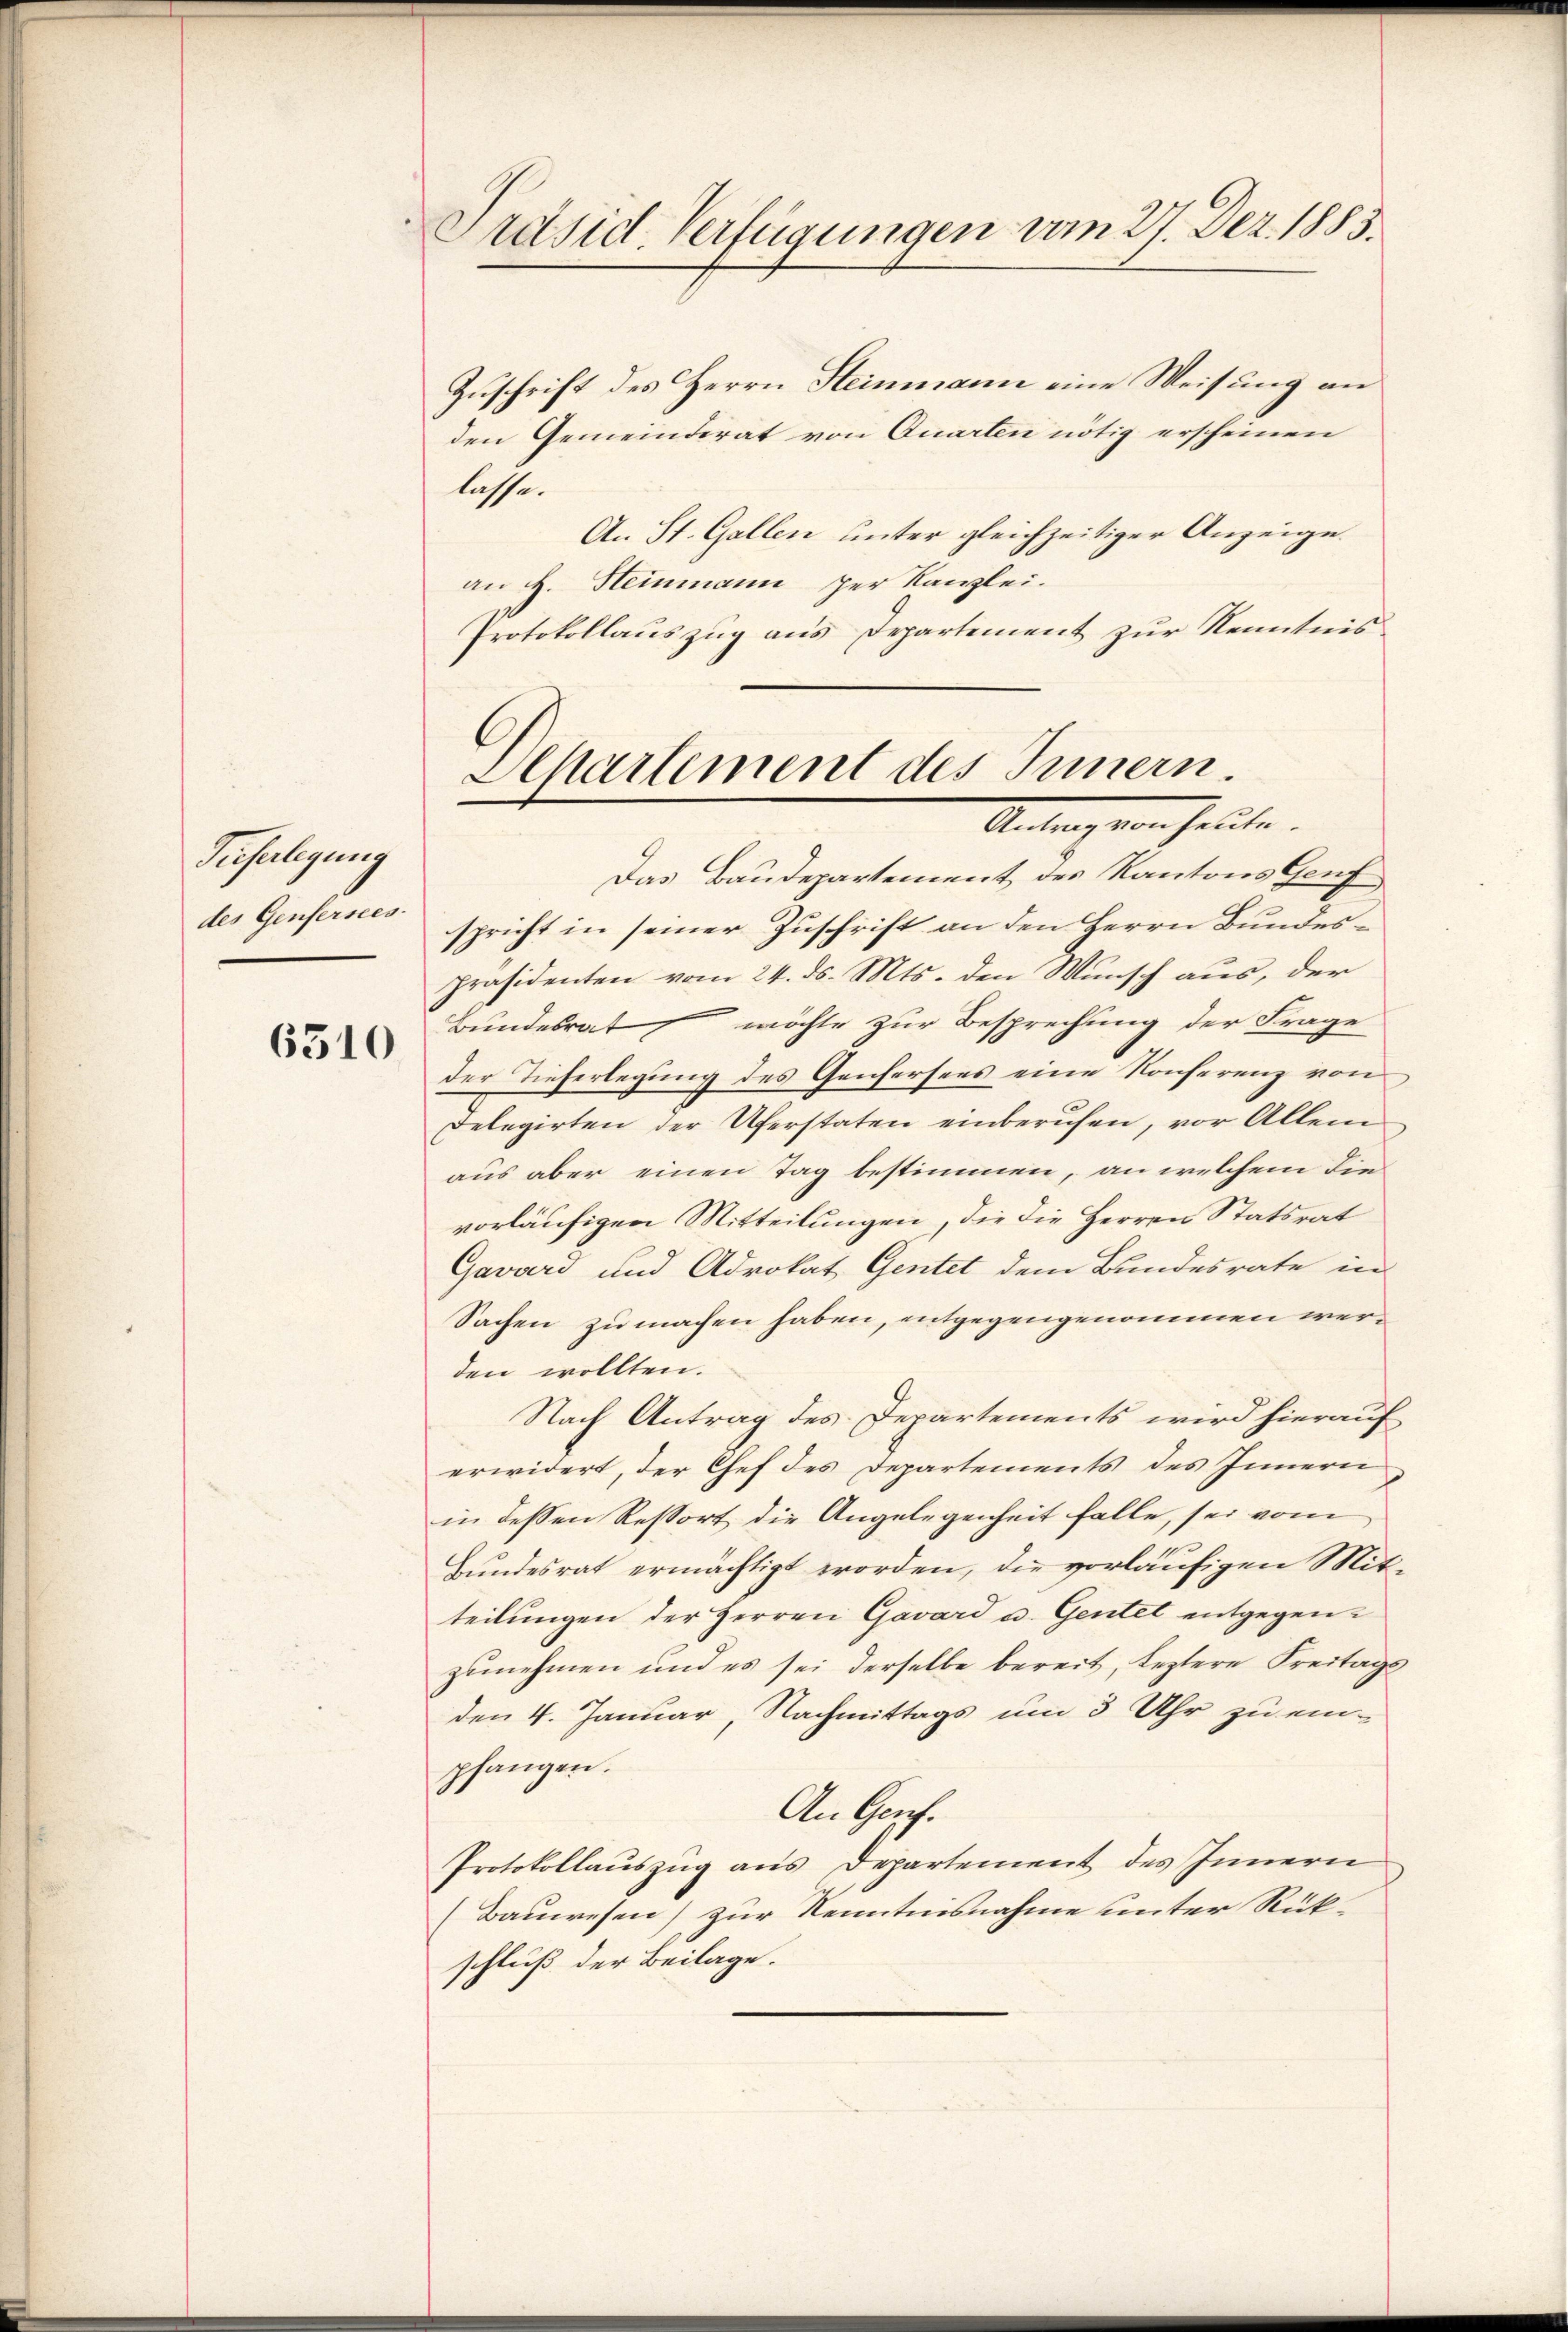
Zuferlegung
des Genfersees.

6310

Präsid. Verfügungen vom 27. Dez. 1885.

Zuschrift des Herrn Steinmann eine Weisung an
den Gemeinderat von Quarten nötig erscheinen
lasse.
An St. Gallen unter gleichzeitiger Anzeige.
an H. Steinmann per Kanzlei.
Protokollauszug aus Departement zur Kenntnis.

Departement des Innern.
Antragen heute.
Das Baudepartement des Kantons Genf

spricht in seiner Zuschrift an den Herrn Bundes¬
Präsidenten vom 24. ds. Mts. den Wunsch aus, der
Bundesrath möchte zur Besprechung der Frage
der Tieferlegung des Genfersees eine Konferenz von
Delegirten der Uferstaten einberufen, vor Allem
aus aber einen Tag bestimmen, an welchem die
vorläufigen Mitteilungen, die die Herren Statsrat
Gavard und Advokat Gentet dem Bundesrate in
Sachen zu machen haben, entgegengenommen werden wollten.
Nach Antrag des Departements wird hierauf
erwidert, der Chef des Departements des Innern
in dessen Resort die Angelegenheit falle, sei vom
Bundesrat ermächtigt worden, die vorläufigen Mitteilungen der Herren Gavard u. Gentet entgegenzunehmen und es sei derselbe bereit, leztere Freitags
den 4. Januar, Nachmittags um 3 Uhr zu einpfangen.
An Genf.
Protokollauszug aus Departement des Innern
Bauwesen) zur Kenntnisnahme unter Rück-
schluß der Beilage.